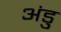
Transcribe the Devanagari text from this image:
अंडु